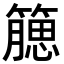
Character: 𥵖